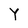
Character: Y